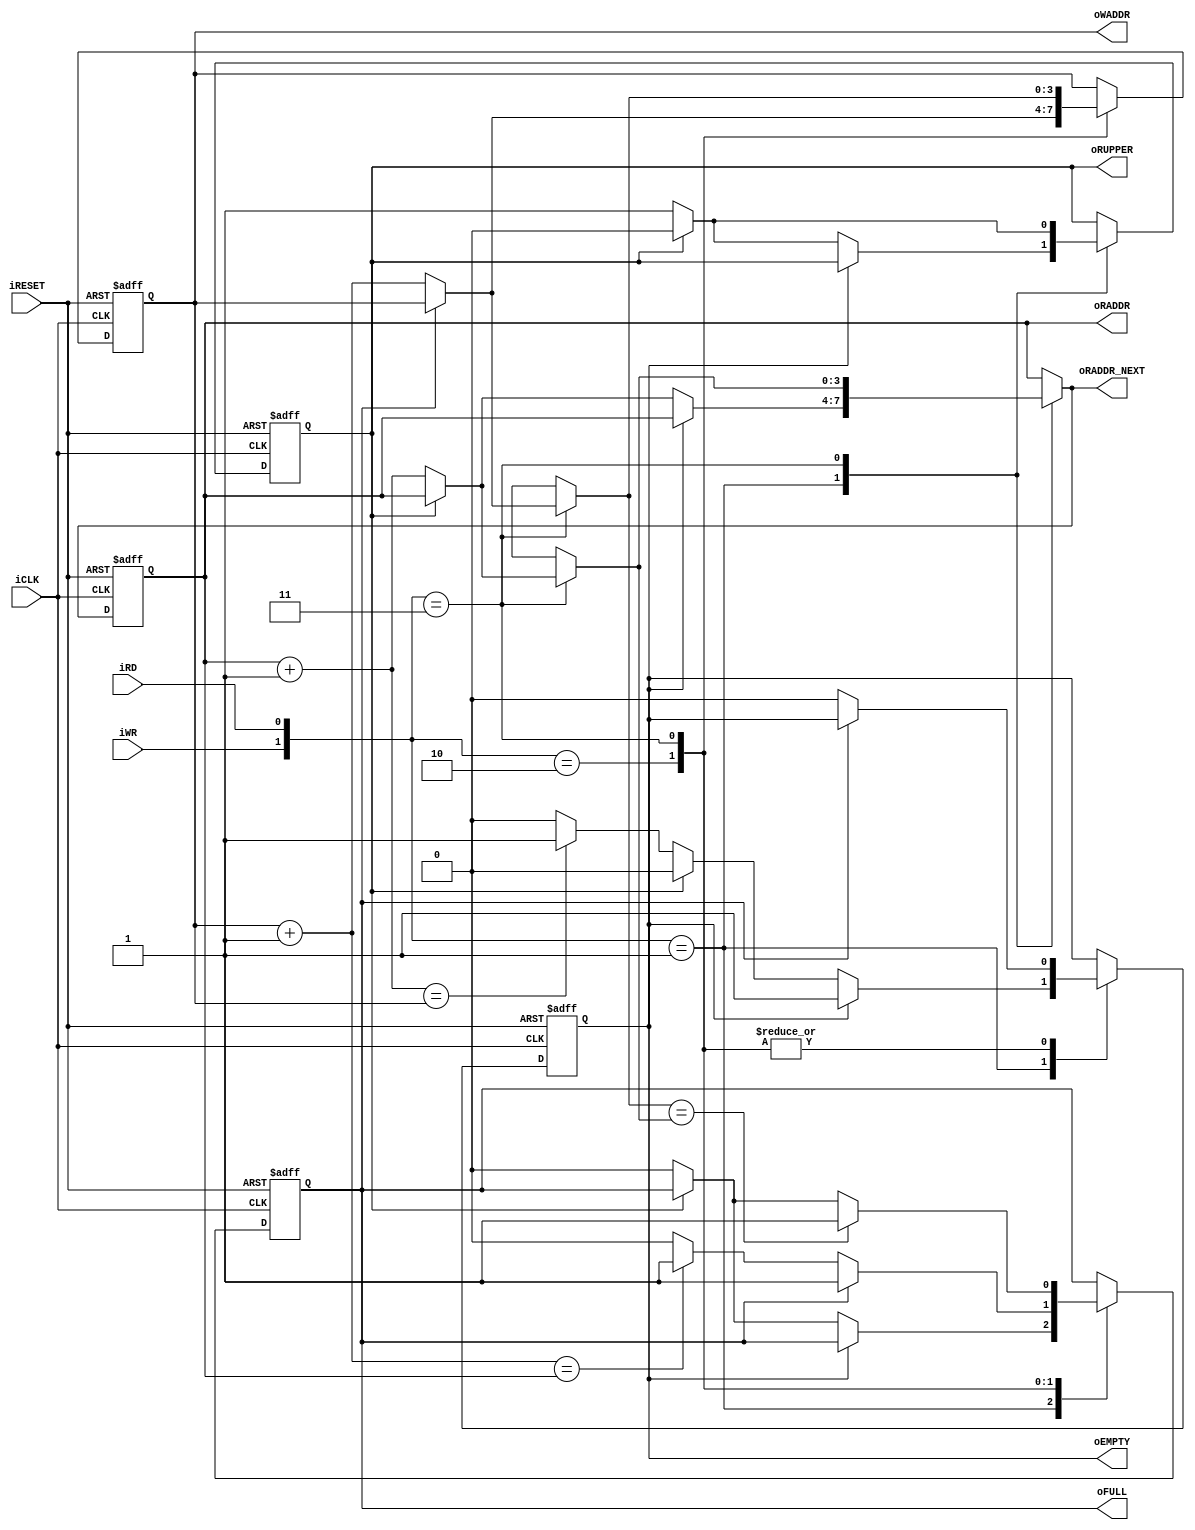
module fifo_dual_ctrl
	#(
		parameter ADDR_WIDTH = 4	// number of address bits
	)
	(
		input wire iCLK, iRESET,
		input wire iRD, iWR,
		output wire oEMPTY, oFULL, oRUPPER,
		output wire [ADDR_WIDTH-1:0] oWADDR,
		output wire [ADDR_WIDTH-1:0] oRADDR, oRADDR_NEXT
	);

	// signal declaration
	reg [ADDR_WIDTH-1:0] w_ptr_reg, w_ptr_next, w_ptr_succ;
	reg [ADDR_WIDTH-1:0] r_ptr_reg, r_ptr_next, r_ptr_succ;
	reg full_reg, empty_reg, full_next, empty_next;
	reg r_upper_reg, r_upper_next;

	// body
	// fifo control logic
	// registers for status and read and write pointers
	always @(posedge iCLK, posedge iRESET)
		if (iRESET)
			begin
				w_ptr_reg <= 0;
				r_ptr_reg <= 0;
				full_reg <= 1'b0;
				empty_reg <= 1'b1;
				r_upper_reg <= 1'b1;
			end
		else
			begin
				w_ptr_reg <= w_ptr_next;
				r_ptr_reg <= r_ptr_next;
				full_reg <= full_next;
				empty_reg <= empty_next;
				r_upper_reg <= r_upper_next;
			end

	// next-state logic for read and write pointers
	always @*
	begin
		// successive pointer values
		w_ptr_succ = w_ptr_reg + 1;
		r_ptr_succ = r_ptr_reg + 1;
	
		// default: keep old values
		w_ptr_next = w_ptr_reg;
		r_ptr_next = r_ptr_reg;
		full_next = full_reg;
		empty_next = empty_reg;
		r_upper_next = r_upper_reg;

		case ({iWR, iRD})
			// 2'b00: no op
			2'b01:	// read
				if (~empty_reg)	// not empty
					if (r_upper_reg)
						r_upper_next = 1'b0;
					else
						begin
							r_ptr_next = r_ptr_succ;
							full_next = 1'b0;
							r_upper_next = 1'b1;
							if (r_ptr_next == w_ptr_reg)
								empty_next = 1'b1;
						end
			2'b10: // write
				if (~full_reg)	// not full
					begin
						w_ptr_next = w_ptr_succ;
						empty_next = 1'b0;
						if (w_ptr_next == r_ptr_reg)
							full_next = 1'b1;
					end
			2'b11:	// write and read
				begin
					if (~full_reg) 
						begin
							w_ptr_next = w_ptr_succ;
							empty_next = 1'b0;
						end

					if (r_upper_next)
						r_upper_next = 1'b0;
					else
						begin
							r_ptr_next = r_ptr_succ;
							r_upper_next = 1'b1;
							full_next = 1'b0;
						end
					
					if (w_ptr_next == r_ptr_next)
						full_next = 1'b1;
				end
		endcase
	end
	
	// output
	assign oWADDR = w_ptr_reg;
	assign oRADDR = r_ptr_reg;
	assign oRADDR_NEXT = r_ptr_next;
	assign oRUPPER = r_upper_reg;
	assign oFULL = full_reg;
	assign oEMPTY = empty_reg;
endmodule